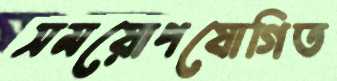
সময়োপযোগিত